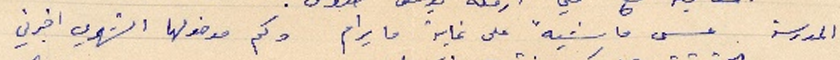
المدرسة عسى ماشية على غاية ما يرام ولك مدخولها الشهري اخبرني